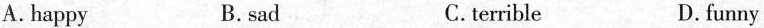
A. happy B.sad C.terrible D.funny